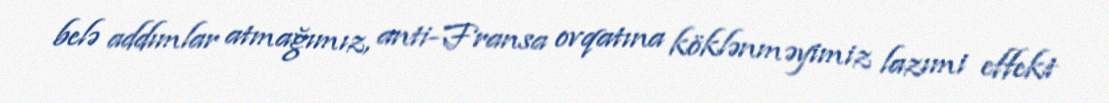
belə addımlar atmağımız, anti-Fransa ovqatına köklənməyimiz lazımi effekt